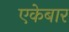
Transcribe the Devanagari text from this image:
एकेबार